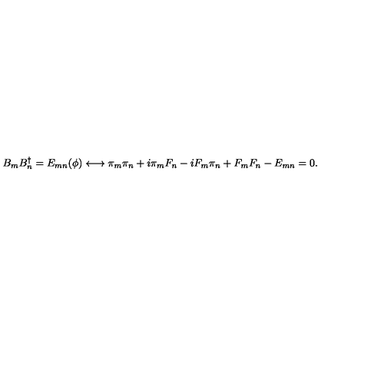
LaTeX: B _ { m } B _ { n } ^ { \dagger } = E _ { m n } ( \phi ) \longleftrightarrow \pi _ { m } \pi _ { n } + i \pi _ { m } F _ { n } - i F _ { m } \pi _ { n } + F _ { m } F _ { n } - E _ { m n } = 0 .